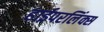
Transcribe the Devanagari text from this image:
हाईपरलिंक्स